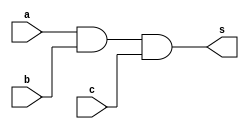
// --------------------- 
// Exercicio08
// Nome: Raphael Quintao 
// ---------------------

 
module andgate (output s, input a, input b, input c); 
assign s = (a & b & c) ; 
endmodule // 
// --------------------- 
// -- 
// --------------------- 
module test; 
// ------------------------- dados locais 
reg a,b,c; // definir registrador 
wire s; // definir conexao (fio) 
// ------------------------- instancia 
andgate and1 (s, a, b, c); 
// ------------------------- preparacao 
initial begin:start 
a=0;  
b=0;
c=0;
end 
// ------------------------- parte principal 
initial begin:main 
$display("Exercicio 08 - Raphael Quintao - 445171"); 
$display("Test AND gate"); 
$display("\n(a & b & c) = s\n");
$monitor("%b & %b & %b = %b", a, b, c, s);
#1 a=0; b=0; c=0; 
#1 a=0; b=0; c=1;
#1 a=0; b=1; c=0;
#1 a=0; b=1; c=1;
#1 a=1; b=0; c=0;
#1 a=1; b=0; c=1;
#1 a=1; b=1; c=0;
#1 a=1; b=1; c=1;

end 
endmodule //